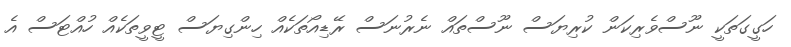
ހަގީގަތަކީ ނޫސްވެރިކަން ކުރިޔަސް ނޫސްތައް ނެރުނަސް ރޭޑިއޯތަކެއް ހިންގިޔަސް ޓީވީތަކެއް ހުއްޓަސް އެ